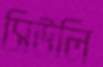
সিউলি